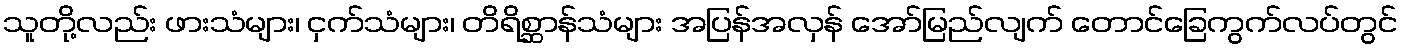
သူတို့လည်း ဖားသံများ၊ ငှက်သံများ၊ တိရိစ္ဆာန်သံများ အပြန်အလှန် အော်မြည်လျက် တောင်ခြေကွက်လပ်တွင်